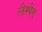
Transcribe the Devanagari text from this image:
लैम्पैंग